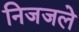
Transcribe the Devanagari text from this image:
निजजले